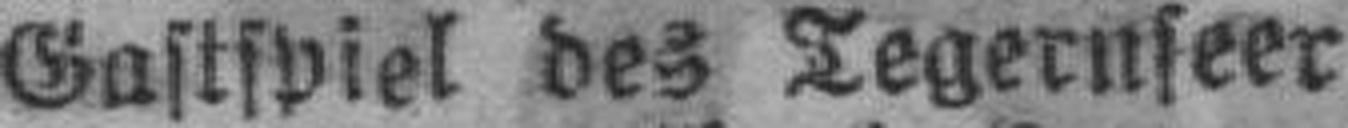
Gastspiel des Tegernseer